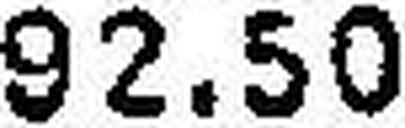
92.50